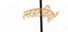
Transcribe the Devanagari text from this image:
लड१कियाँ